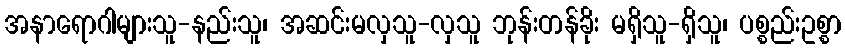
အနာရောဂါများသူ-နည်းသူ၊ အဆင်းမလှသူ-လှသူ ဘုန်းတန်ခိုး မရှိသူ-ရှိသူ၊ ပစ္စည်းဥစ္စာ